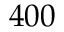
4 0 0